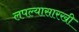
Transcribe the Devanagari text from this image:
लपल्यासारखी